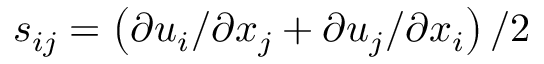
s _ { i j } = \left( \partial u _ { i } / \partial x _ { j } + \partial u _ { j } / \partial x _ { i } \right) / 2